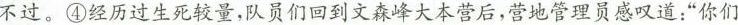
不过。④经历过生死较量，队员们回到文森峰大本营后，营地管理员感叹道：”你们